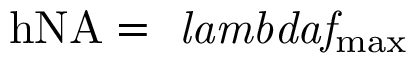
\mathrm { { h N A } = \it { } \ l a m b d a f _ { \mathrm { { m a x } } } }